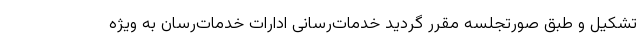
تشکیل و طبق صورتجلسه مقرر گردید خدمات‌رسانی ادارات خدمات‌رسان به ویژه